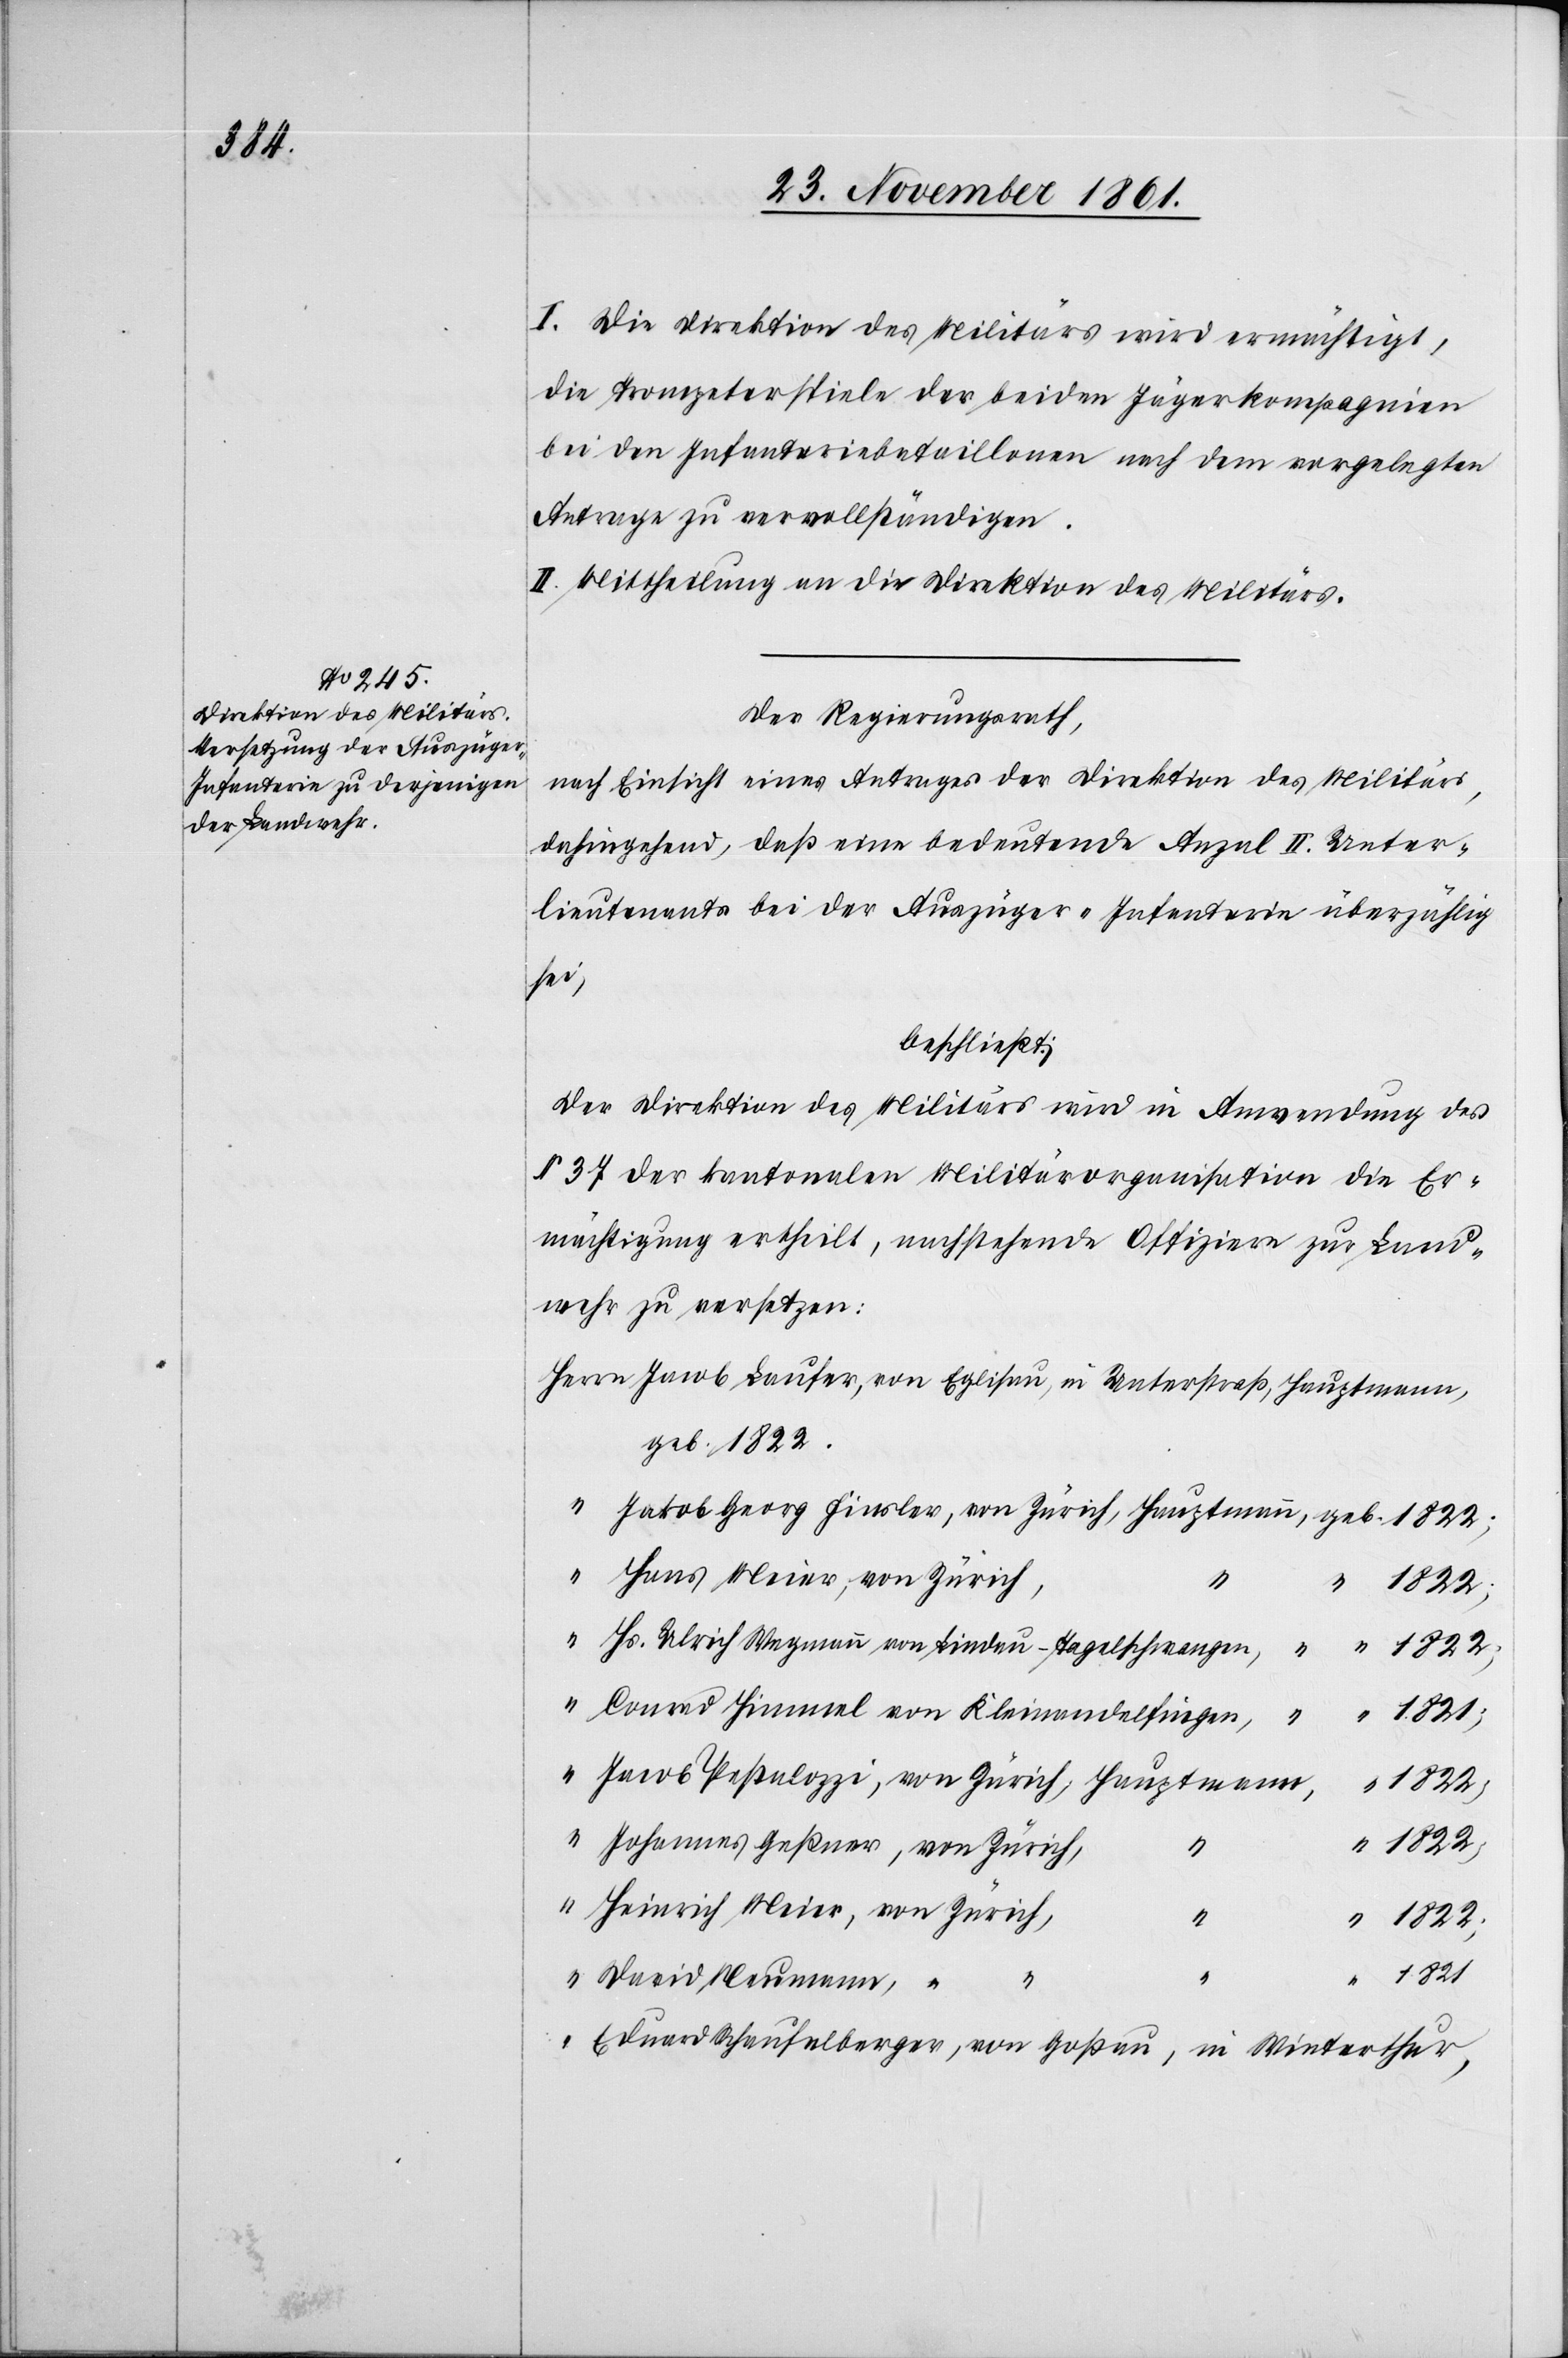
n

I. Die Direktion des Militärs wird ermächtigt,
die Trompeterspiele der beiden Jägerkompagnien
bei den Infanteriebataillonen nach dem vorgelegten
Antrage zu vervollständigen.
II. Mittheilung an die Direktion des Militärs.
Der Regierungsrath,
nach Einsicht eines Antrages der Direktion des Militärs,
dahingehend, daß eine bedeutende Anzal II Unter¬
lieutnants bei der Auszüger-Infanterie überzählig
Meier,
beschließt:
Der Direktion des Militärs wird in Anwendung des
§ 37 der kantonalen Militärorganisation die Er¬
mächtigung ertheilt, nachstehende Offiziere zur Land¬
wehr zu versetzen:
Herrn Jacob Laufer, von Eglisau, in Unterstraß, Hauptmann,
geb. 1822.
Jacob Georg Finsler, von Zürich, Hauptmann, 		geb. 1822;
Hs. Ulrich Wegmann von Lindau-Tagelschwangen, “
Conrad Himmel von Kleinandelfingen,
1821;
Jacob Pestalozzi, von Zürich, Hauptman¬
“	 Johannes Geßner, von Zürich,
Heinrich Meier, von Zürich
1821
David Neumann,
Eduard Schaufelberger, von Goßau, in Winterthur,